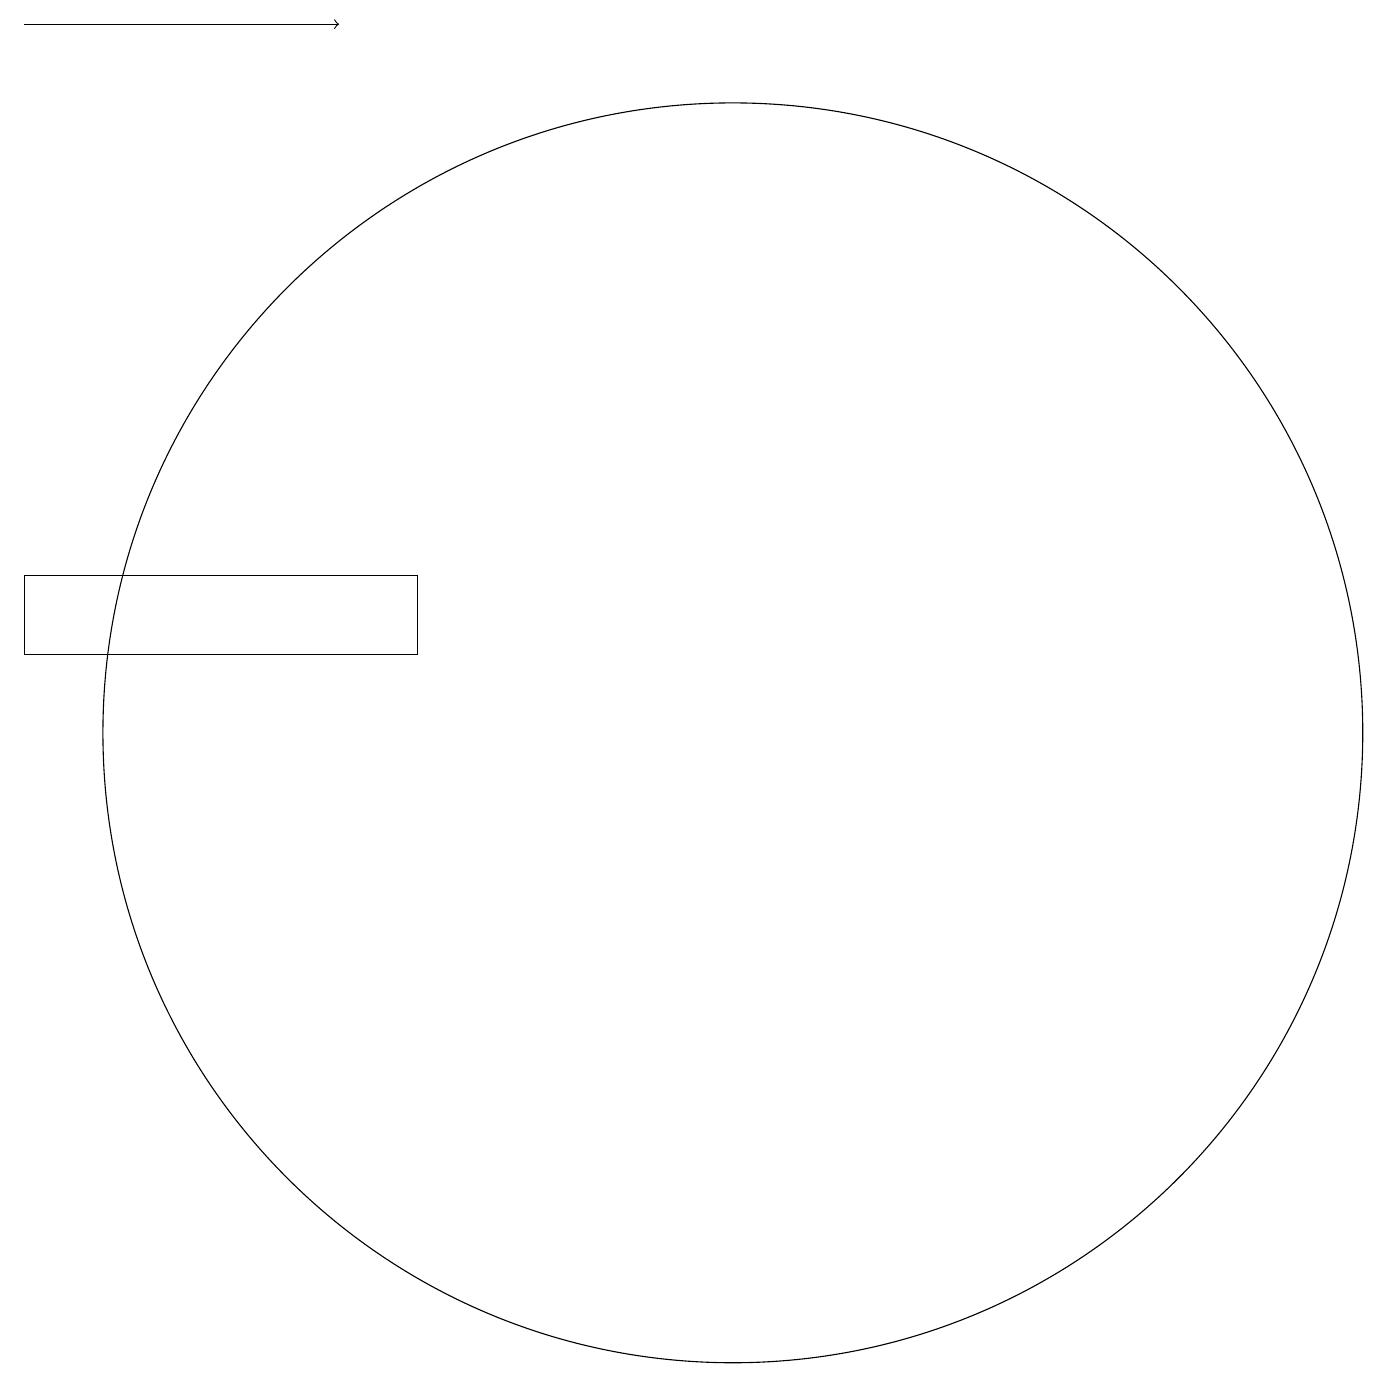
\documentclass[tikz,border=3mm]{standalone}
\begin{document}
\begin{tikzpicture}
\draw (11,10) circle (8);
\draw (2,12) rectangle (7,11);
\draw[->] (2,19) -- (6,19);
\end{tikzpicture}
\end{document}